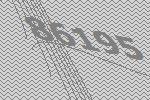
86195